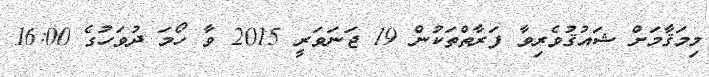
މިމަޤާމަށް ޝައުޤުވެރިވާ ފަރާތްތަކުން 19 ޖަނަވަރީ 2015 ވާ ހޯމަ ދުވަހުގެ 16:00